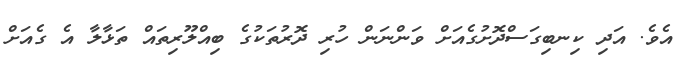
އެވެ. އަދި ކިނބިގަސްދޮށުގެއަށް ވަންނަން ހުރި ދޮރުތަކުގެ ބިއްލޫރިތައް ތަޅާލާ އެ ގެއަށް